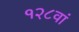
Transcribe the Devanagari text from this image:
१२८वां